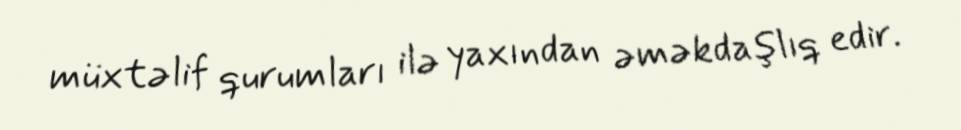
müxtəlif qurumları ilə yaxından əməkdaşlıq edir.